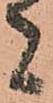
者